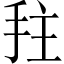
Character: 𫼠